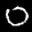
Label: 0